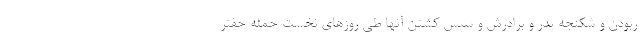
ربودن و شکنجه پدر و برادرش و سپس کشتن آنها طی روزهای نخست حمله حفتر